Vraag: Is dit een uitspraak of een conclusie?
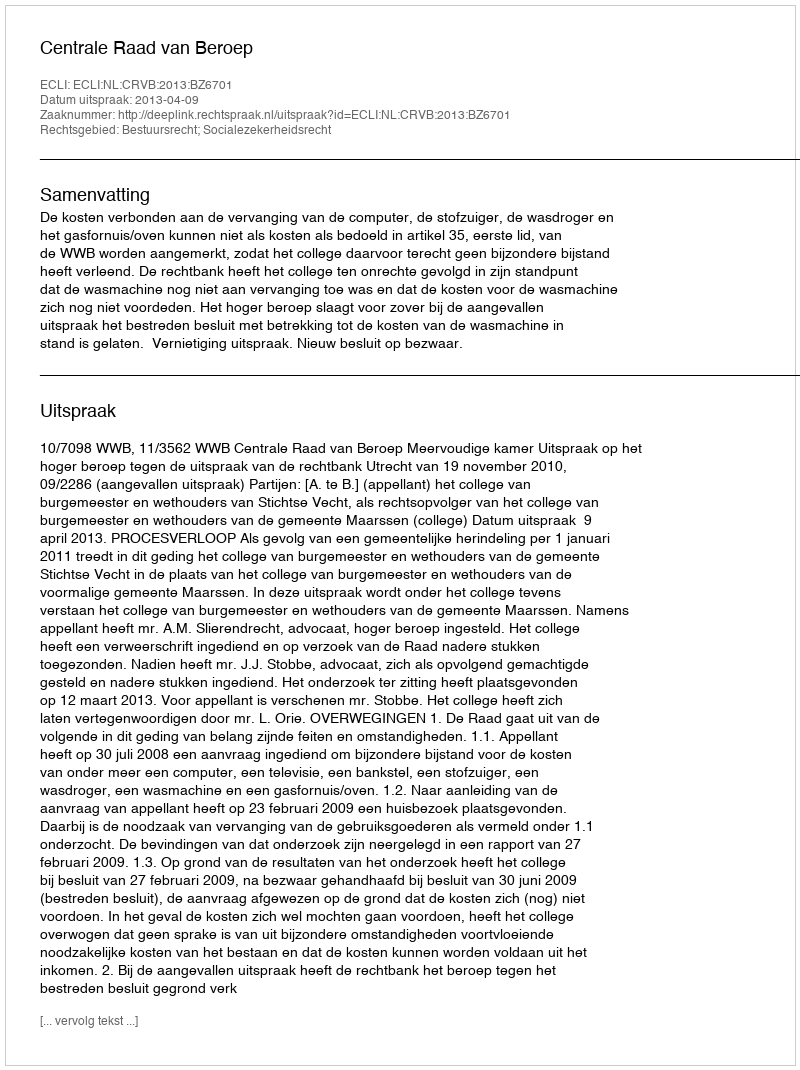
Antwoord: Uitspraak